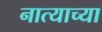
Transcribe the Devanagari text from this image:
नात्याच्या